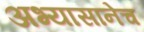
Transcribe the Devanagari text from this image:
अभ्यासानेच